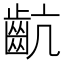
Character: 𪗜